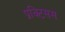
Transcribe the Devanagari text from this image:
प्रक्टिसस